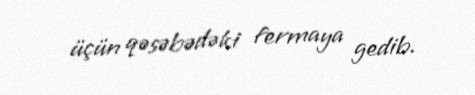
üçün qəsəbədəki fermaya gedib.